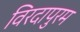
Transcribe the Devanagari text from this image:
विरदापुरम